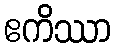
ဧကိဿာ